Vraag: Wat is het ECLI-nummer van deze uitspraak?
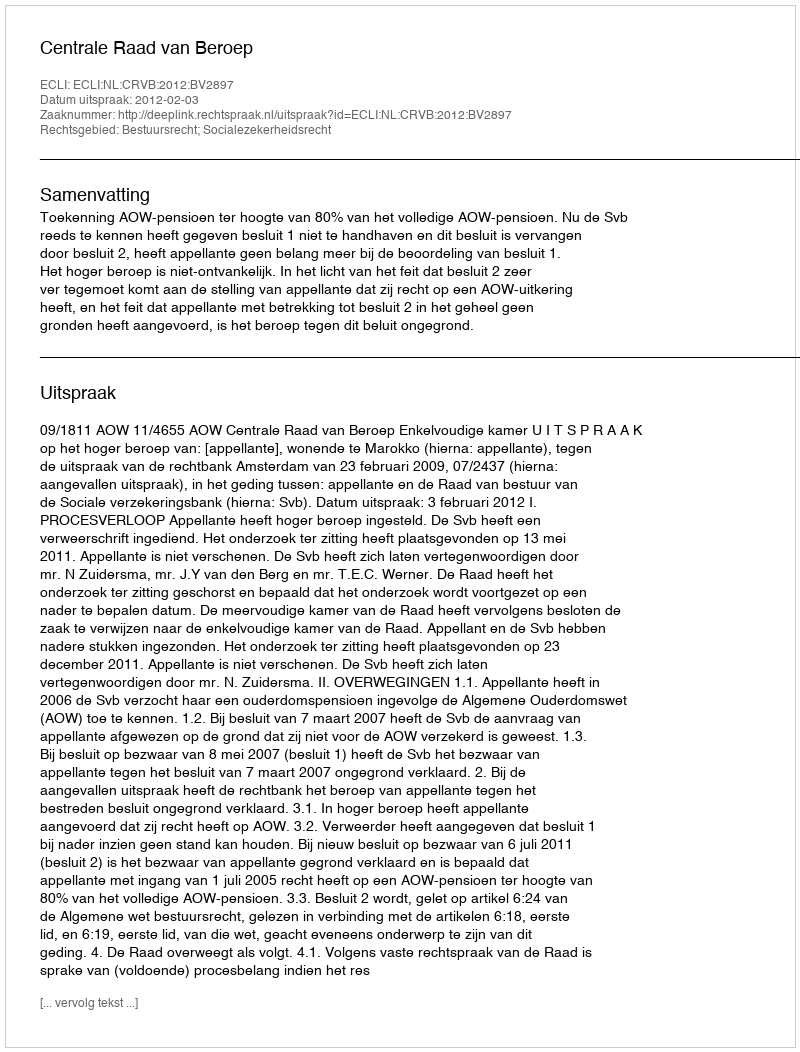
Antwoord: ECLI:NL:CRVB:2012:BV2897